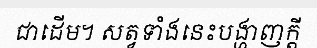
ជាដើម។ សត្វទាំងនេះបង្ហាញក្តី